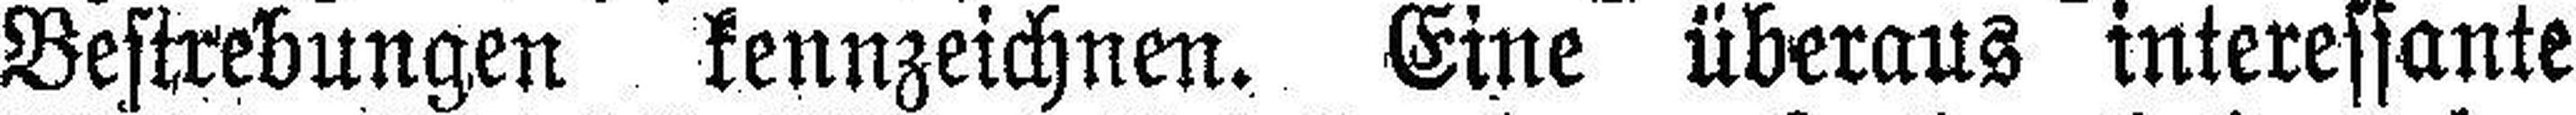
Bestrebungen kennzeichnen. Eine überaus interessante